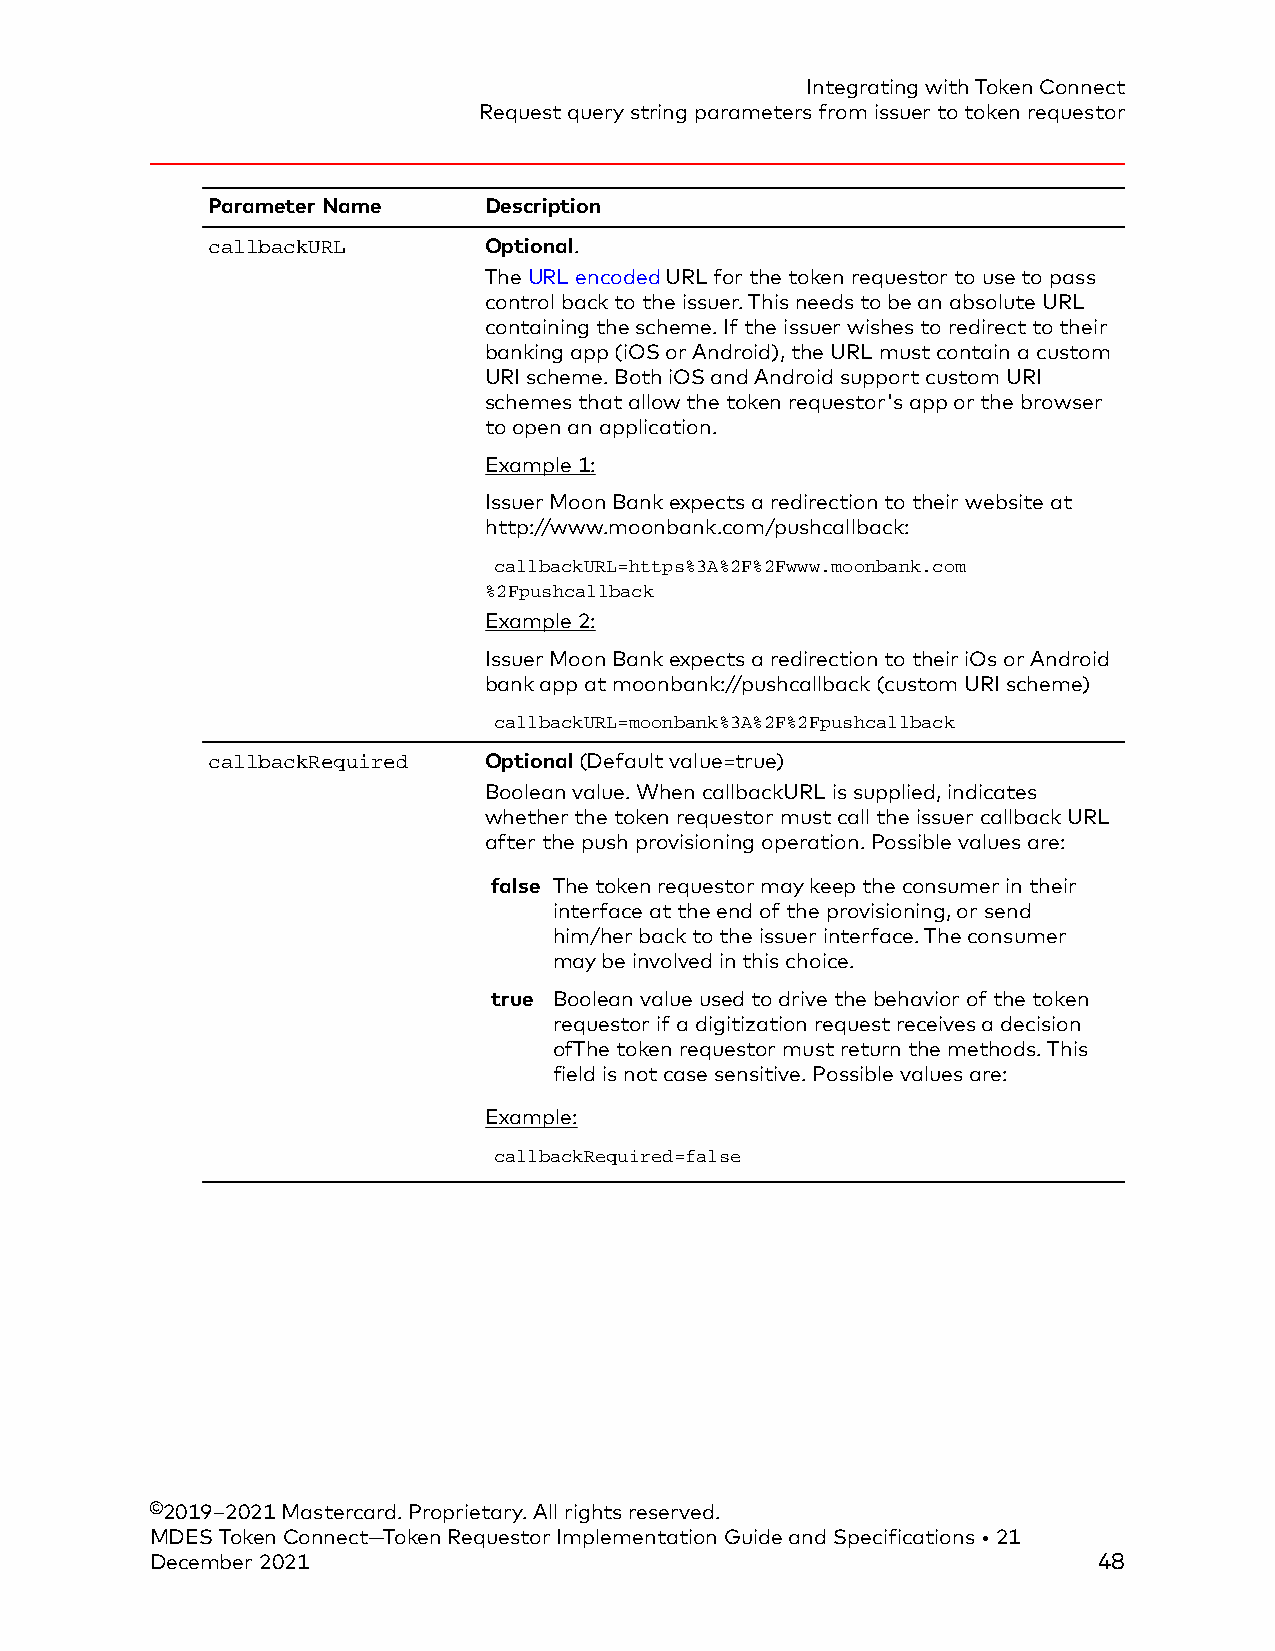
Integrating with Token Connect
 Request query string parameters from issuer to token requestor
 Parameter Name    Description
 callbackURL       Optional.
 The URL encoded URL for the token requestor to use to pass
 control back to the issuer. This needs to be an absolute URL
 containing the scheme. If the issuer wishes to redirect to their
 banking app (iOS or Android), the URL must contain a custom
 URI scheme. Both iOS and Android support custom URI
 schemes that allow the token requestor's app or the browser
 to open an application.
 Example 1:
 Issuer Moon Bank expects a redirection to their website at
 http://www.moonbank.com/pushcallback:
 callbackURL=https%3A%2F%2Fwww.moonbank.com
 %2Fpushcallback
 Example 2:
 Issuer Moon Bank expects a redirection to their iOs or Android
 bank app at moonbank://pushcallback (custom URI scheme)
 callbackURL=moonbank%3A%2F%2Fpushcallback
 callbackRequired  Optional (Default value=true)
 Boolean value. When callbackURL is supplied, indicates
 whether the token requestor must call the issuer callback URL
 after the push provisioning operation. Possible values are:
 false The token requestor may keep the consumer in their
 interface at the end of the provisioning, or send
 him/her back to the issuer interface. The consumer
 may be involved in this choice.
 true Boolean value used to drive the behavior of the token
 requestor if a digitization request receives a decision
 ofThe token requestor must return the methods. This
 field is not case sensitive. Possible values are:
 Example:
 callbackRequired=false
 ©2019–2021 Mastercard. Proprietary. All rights reserved.
 MDES Token Connect—Token Requestor Implementation Guide and Specifications • 21
 December 2021                                                  48